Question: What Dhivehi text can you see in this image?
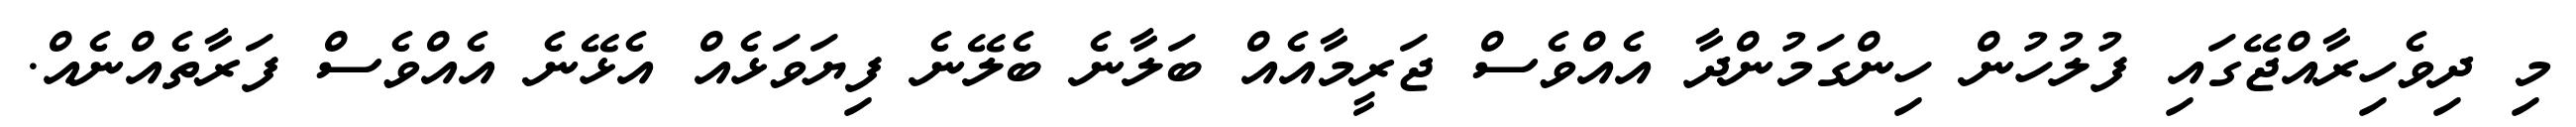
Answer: މި ދިވެހިރާއްޖޭގައި ފުލުހުން ހިންގަމުންދާ އެއްވެސް ޖަރީމާއެއް ބަލާނެ ބެލޭނެ ފިޔަވަޅެއް އެޅޭނެ އެއްވެސް ފަރާތެއްނެއް.